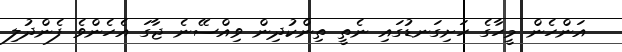
އަންހެން މީހާގެ ހަށިގަނޑުގައި ނެތީ ތިންކުދިން ވިއްސޭނެ ޖާގަ އެހެންވެ ފެންދުލި